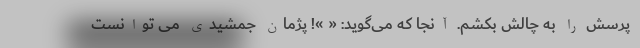
پرسش را به چالش بکشم. آنجا که می‌گوید: « »! پژمان جمشیدی می توانست